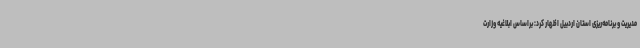
مدیریت و برنامه‌ریزی استان اردبیل اظهار کرد: براساس ابلاغیه وزارت